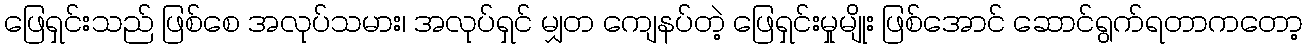
ဖြေရှင်းသည် ဖြစ်စေ အလုပ်သမား၊ အလုပ်ရှင် မျှတ ကျေနပ်တဲ့ ဖြေရှင်းမှုမျိုး ဖြစ်အောင် ဆောင်ရွက်ရတာကတော့